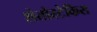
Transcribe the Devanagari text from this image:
शेतोस्टेकिस